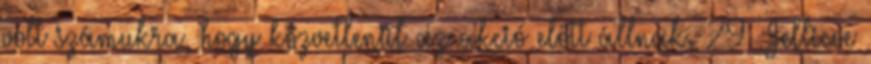
volt számukra, hogy közvetlenül az akció előtt állnak. 29 Jellicoe